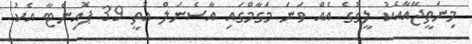
މިނަތީޖާއާއެކު ލީގުގެ އެއް ވަނަ މަގާމްގައި އާސެނަލް އޮތީ 39 ޕޮއިންޓާ އެކު